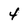
Character: 4